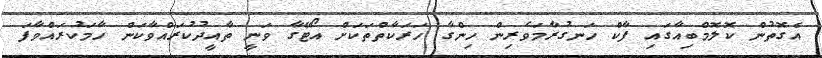
އެގޮތުން ކޮލޮމްބިއާގައި ފާކް ހަނގުރާމަވެރިން ހިންގާ ހަރަކާތްތަކަށް އޯޓޭގާ ވަނީ ތާއީދުކުރައްވާކަން ހާމަކުރައްވާފަ